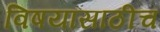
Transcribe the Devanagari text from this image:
विषयांसाठीच